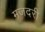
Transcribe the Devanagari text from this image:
मजदरी